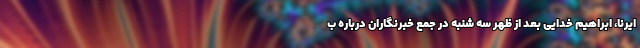
ایرنا، ابراهیم خدایی بعد از ظهر سه شنبه در جمع خبرنگاران درباره ب